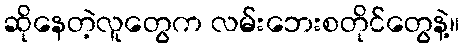
ဆိုနေတဲ့လူတွေက လမ်းဘေးစတိုင်တွေနဲ့။